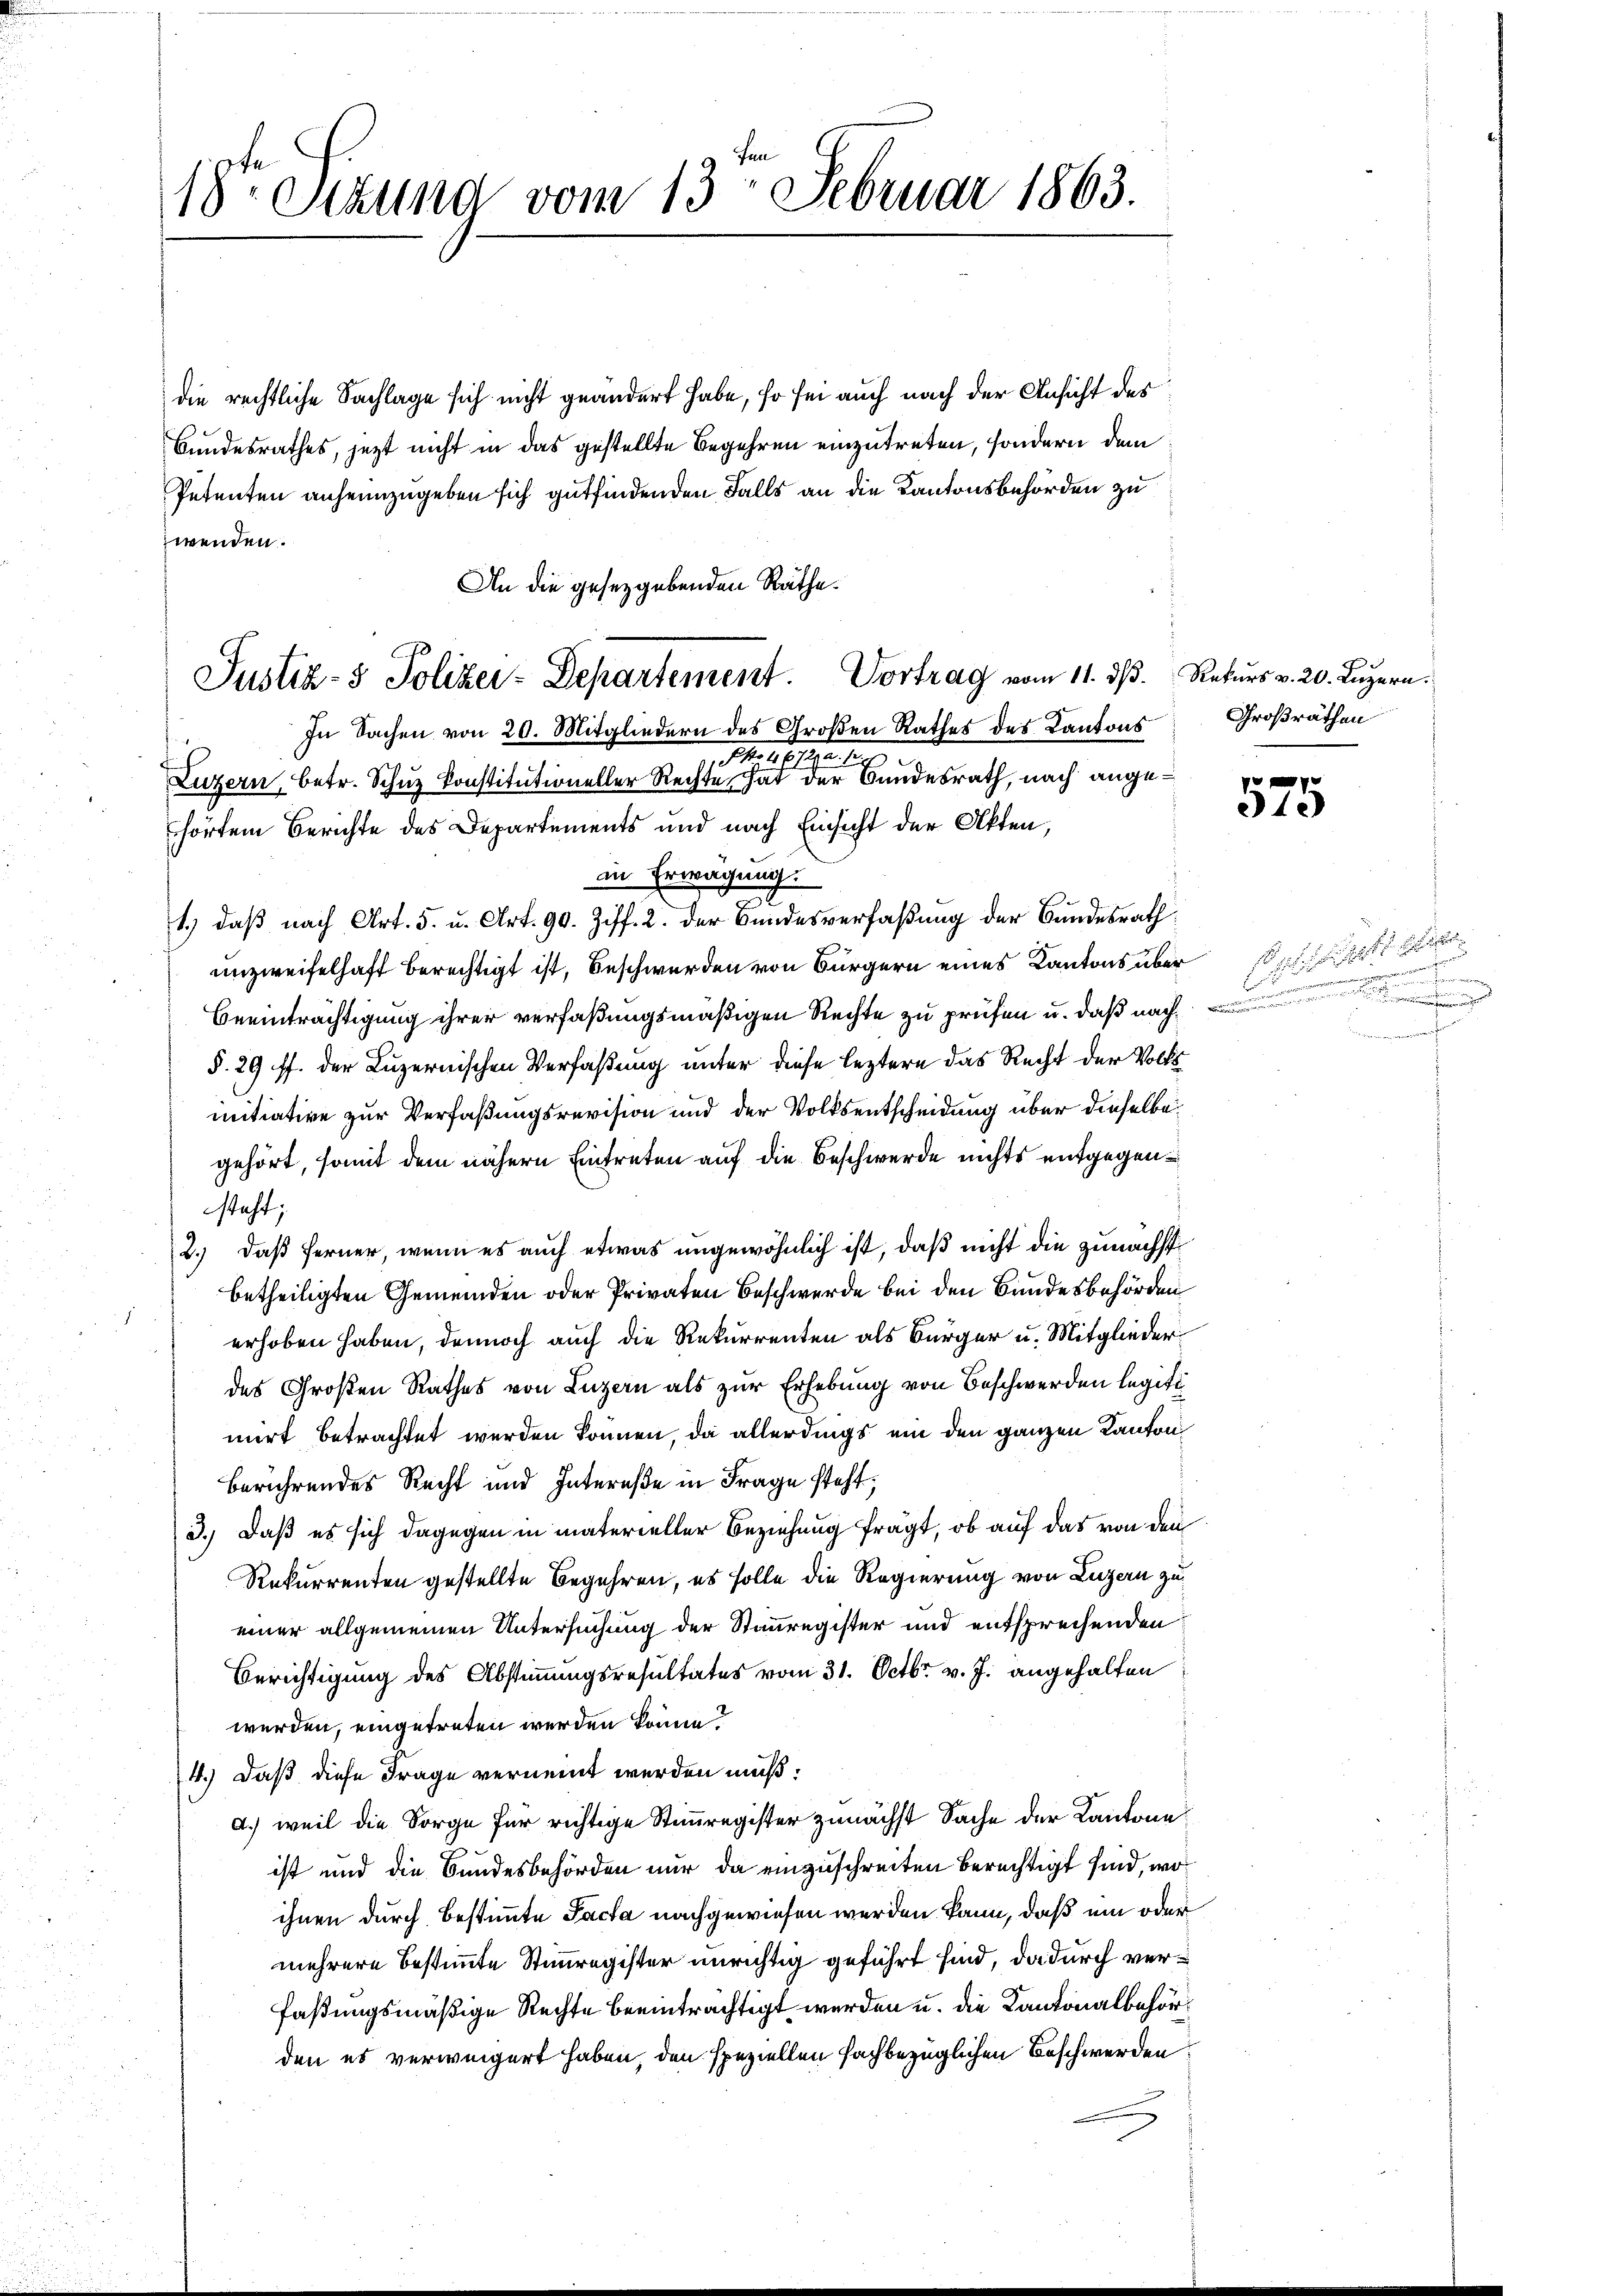
18te Sitzung vom 13. Februar 1863.

Justiz- & Polizei-Departement. Vortrag vom 11. ds. Rekurs v. 20. Luzern.

die rechtliche Sachlage sich nicht geändert habe, so sei auch nach der Ansicht des
Bundesrathes, jetzt nicht in das gestellte Begehren einzutreten, sondern dem
Petenten anheimzugeben sich gutfindenden Falls an die Kantonsbehörden zu
wenden.
An die gesetzgebenden Räthe.
In Sachen von 20. Mitgliedern des Großen Rather des Kantons
i
.M. 1816. Mai 1
Luzern, betr. Schuz konstitutioneller Rechte, hat der Bundesrath, nach angehörten Berichte des Departements und nach Einsicht der Akten,
in Erwägung.
1.) daß nach Art. 5. u. Art. 90. Ziff. 2. der Bundesverfaßung der Bundesrath
unzweifelhaft berechtigt ist, Beschwerden von Bürgern eines Kantons über
Beeinträchtigung ihrer verfaßungsmäßigen Rechte zu prüfen u. daß nach
§. 29 ff. der Luzernischen Verfaßung unter diese leztere das Recht der Volk
mitiative zur Verfaßungsrevision und der Volksentscheidung über dieselbe
gehört, somit dem nähern Eintreten auf die Beschwerde nichts entgegensteht;
2.) Daß ferner, wenn es auch etwas ungewöhnlich ist, daß nicht die zunächst
betheiligten Gemeinden oder Privaten Beschwerde bei den Bundesbehörden
g
erhoben haben, dennoch auch die Rekurrenten als Bürger u. Mitglieder
des Großen Rathes von Luzern als zur Erhebung von Beschwerden legiti
mirt betrachtet werden können, da allerdings um den ganzen Kanton
berührendes Recht und Intereße in Frage steht,
3.) Daß es sich dagegen in materieller Beziehung fragt, ob auf das von den
Rekurrenten gestellte Begehren, es solle die Regierung von Luzern zu
einer allgemeinen Untersuchung der Stammregister und entsprechenden
Berichtigung des Abstimmungsresultates vom 31. Octbr. v. J. angehalten
werden, eingetreten werden könne?
4.) Daß diese Frage vernennt werden muß:
d.) weil die Sorge für richtige Stimmregister zunächst Sache der Kantone
ist und die Bundesbehörden nur da einzuschreiten berechtigt sind, woihnen durch bestimmte Facta nachgewiesen werden kann, daß ein oder
mehrere bestimmte Stimmregister unrichtig geführt sind, dadurch verfaßungsmäßige Rechte beeinträchtigt werden u. die Kantonalbehörden es verweigert haben, den speziellen fachbezüglichen Beschwerden

Großräthen

P
340)

auch hat er
ennen gemeiner eine er seine er einen

.